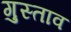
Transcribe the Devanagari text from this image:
गुस्‍ताव